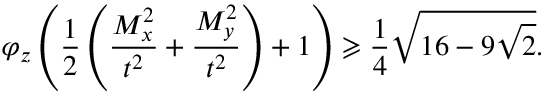
\varphi _ { z } \left( \frac { 1 } { 2 } \left( \frac { M _ { x } ^ { 2 } } { t ^ { 2 } } + \frac { M _ { y } ^ { 2 } } { t ^ { 2 } } \right) + 1 \right) \geqslant \frac { 1 } { 4 } \sqrt { 1 6 - 9 \sqrt { 2 } } .